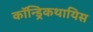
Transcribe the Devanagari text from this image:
कॉन्ड्रिकथायिस